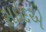
સઇદએ